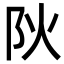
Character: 阦